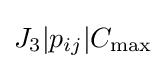
J_{3}|p_{ij}|C_{\max }